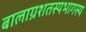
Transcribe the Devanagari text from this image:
बालाग्रशतस्यभागस्य